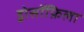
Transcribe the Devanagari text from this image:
ड्रोसॉफ़िला